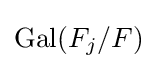
\operatorname {Gal} (F_{j}/F)